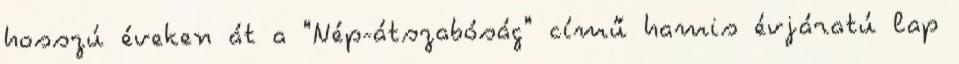
hosszú éveken át a "Nép-átszabóság" című hamis évjáratú lap